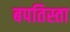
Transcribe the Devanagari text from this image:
बपतिस्ता